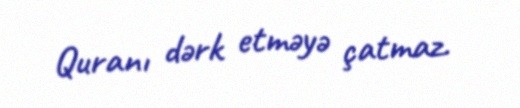
Quranı dərk etməyə çatmaz.